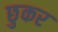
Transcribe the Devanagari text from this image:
छुकर